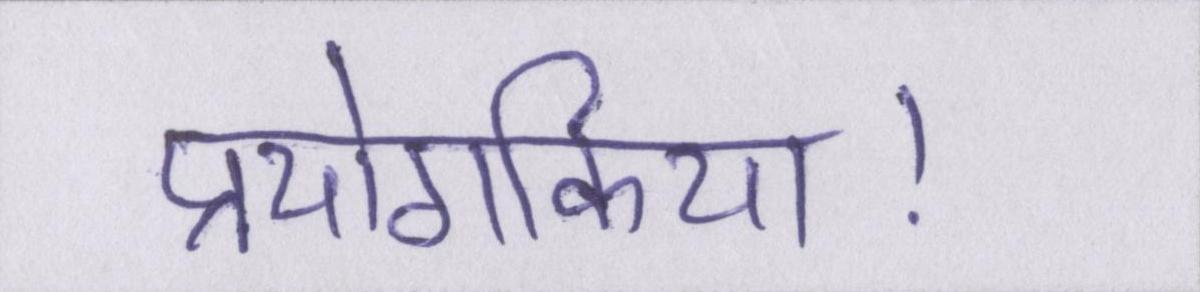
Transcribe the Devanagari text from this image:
प्रयोगकिया।